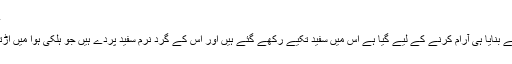
آرام کرنے کی جگہ
ایک ایسا سائبان جسے بنایا ہی آرام کرنے کے لیے گیا ہے اِس میں سفید تکیے رکھے گئے ہیں اور اِس کے گرد نرم سفید پردے ہیں جو ہلکی ہوا میں اڑتے معلوم ہوتے ہیں۔